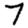
Digit: 7